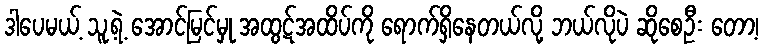
ဒါပေမယ့် သူ့ရဲ့ အောင်မြင်မှု အထွဋ်အထိပ်ကို ရောက်ရှိနေတယ်လို့ ဘယ်လိုပဲ ဆိုစေဦး တော့၊